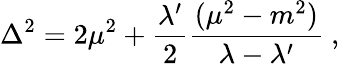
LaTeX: \Delta^{2}=2\mu^{2}+\frac{\lambda^{\prime}}{2}\frac{(\mu^{2}-m^{2})}{\lambda-\lambda^{\prime}}\ ,